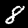
Digit: 8